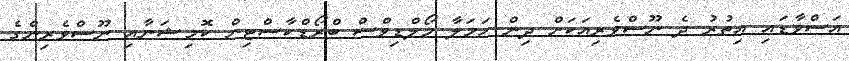
އަސްވާޑައި އިތުރު ދެ ނޫސްވެރިއަކަށް ދިން ހަމަލާ މޯލްޑިވްސް ބްރޯޑްކާސްޓިން ކޮމިޝަނާއި ނޫސްވެރިންގެ